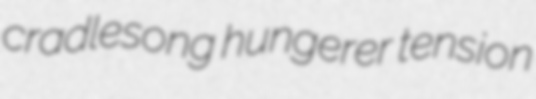
cradlesong hungerer tension